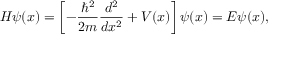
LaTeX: H \psi ( x ) = \left[ - { \frac { \hbar ^ { 2 } } { 2 m } } { \frac { d ^ { 2 } } { d x ^ { 2 } } } + V ( x ) \right] \psi ( x ) = E \psi ( x ) ,